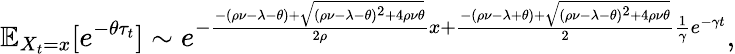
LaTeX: \mathbb{E}_{X_{t}=x}[e^{-\theta\tau_{t}}]\sim e^{-\frac{-(\rho\nu-\lambda-\theta)+\sqrt{(\rho\nu-\lambda-\theta)^{2}+4\rho\nu\theta}}{2\rho}x+\frac{-(\rho\nu-\lambda+\theta)+\sqrt{(\rho\nu-\lambda-\theta)^{2}+4\rho\nu\theta}}{2}\frac{1}{\gamma}e^{-\gamma t}},